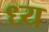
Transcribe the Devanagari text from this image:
ध्य